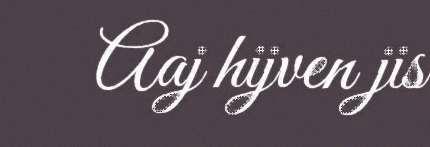
Aaj hijven jis